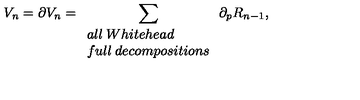
V _ { n } = \partial V _ { n } = \sum _ { \begin{array} { l l } { a l l \: W h i t e h e a d } \\ { f u l l \: d e c o m p o s i t i o n s } \\ \end{array} } \partial _ { p } R _ { n - 1 } ,